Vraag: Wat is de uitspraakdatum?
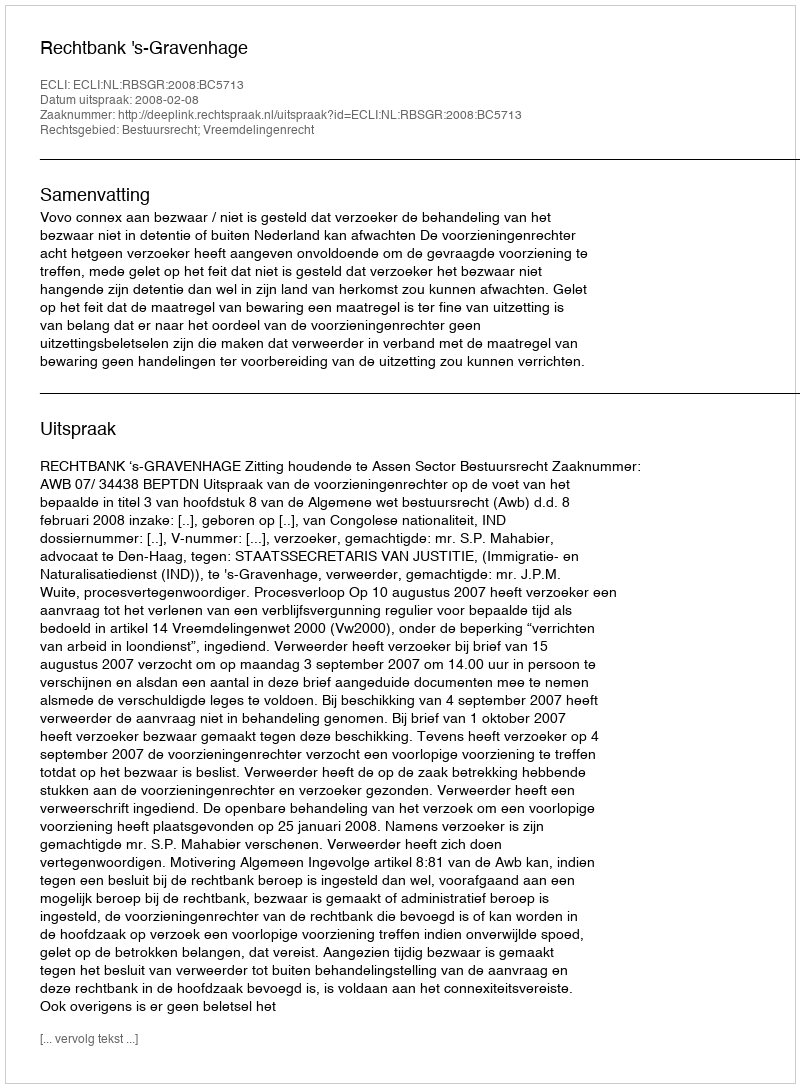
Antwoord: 2008-02-08